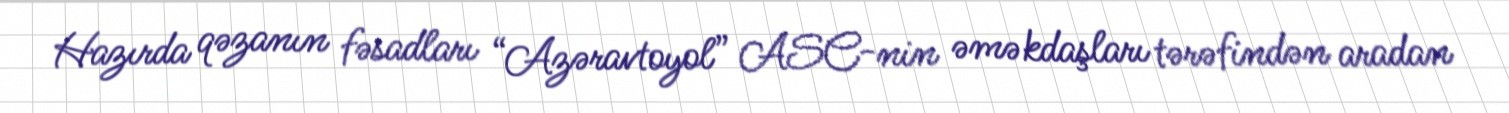
Hazırda qəzanın fəsadları “Azəravtoyol” ASC-nin əməkdaşları tərəfindən aradan